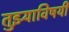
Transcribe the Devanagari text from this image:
तुझ्याविषयी